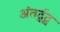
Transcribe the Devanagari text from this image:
अंतर्द्वद्व